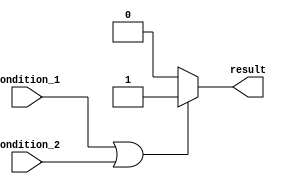
module if_else_block (
    input wire condition_1,
    input wire condition_2,
    output wire result
);

    reg result;

    always @* begin
        if (condition_1 || condition_2) begin
            // if any of the conditions are true
            result = 1'b1;
        end
        else begin
            // if none of the conditions are true
            result = 1'b0;
        end
    end

endmodule